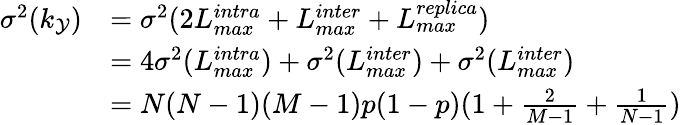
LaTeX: \begin{array}{rl}{\sigma^{2}(k_{\mathcal{Y}})}&{=\sigma^{2}(2L_{max}^{intra}+L_{max}^{inter}+L_{max}^{replica})}\\ &{=4\sigma^{2}(L_{max}^{intra})+\sigma^{2}(L_{max}^{inter})+\sigma^{2}(L_{max}^{inter})}\\ &{=N(N-1)(M-1)p(1-p)(1+\frac{2}{M-1}+\frac{1}{N-1})}\end{array}